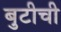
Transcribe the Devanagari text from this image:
बुटीची